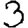
Digit: 3